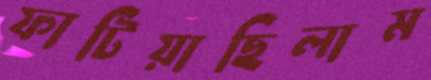
ফাটিয়াছিলাম